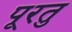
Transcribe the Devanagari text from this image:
पूरतु